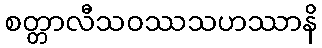
စတ္တာလီသဝဿသဟဿာနိ